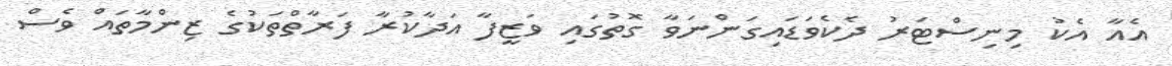
އެއާ އެކު މިނިސްޓަރު ދެކެވަޑައިގަންނަވާ ގޮތުގައި ވަޒީފާ އަދާކުރާ ފަރާތްތަކުގެ ޒިންމާތައް ވެސް